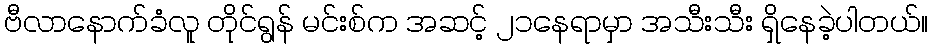
ဗီလာနောက်ခံလူ တိုင်ရွန် မင်းစ်က အဆင့် ၂၁နေရာမှာ အသီးသီး ရှိနေခဲ့ပါတယ်။